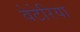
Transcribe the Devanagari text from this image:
वेटेरिया